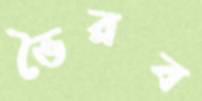
ভৈরব